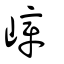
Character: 嶂